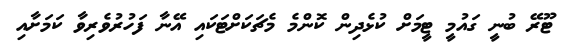
ޓޫރޭ ބުނީ ގައުމީ ޓީމަށް ކުޅެދިން ކޮންމެ މެޗަކަށްޓަކައި އޭނާ ފަހުރުވެރިވާ ކަމަށާއި